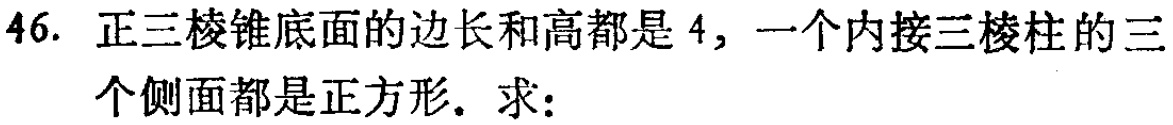
46. 正三棱锥底面的边长和高都是\(4\)，一个内接三棱柱的三个侧面都是正方形。求：